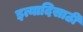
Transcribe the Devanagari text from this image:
इत्यादिसाठी